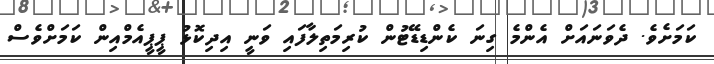
ކަމަށެވެ. ދެވަނައަށް އެންމެ ގިނަ ކެންޑިޑޭޓުން ކުރިމަތިލާފައި ވަނީ އިދިކޮޅު ޕީޕީއެމްއިން ކަމަށްވެސް